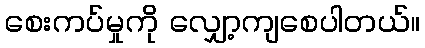
စေးကပ်မှုကို လျှော့ကျစေပါတယ်။